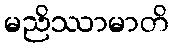
မညိဿာမာတိ